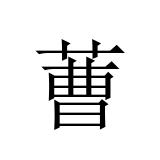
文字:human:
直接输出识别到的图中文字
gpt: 蓸